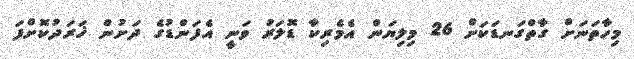
މިހާތަނަށް ގާތްގަނޑަކަށް 26 މިލިޔަން އެމެރިކާ ޑޮލަރު ވަނީ އެފަންޑުގެ ދަށުން ޚަރަދުކޮށްފަ